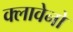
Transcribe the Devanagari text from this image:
क्लावेनो